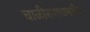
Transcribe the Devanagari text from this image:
चाळीसगावमधील